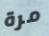
مرة